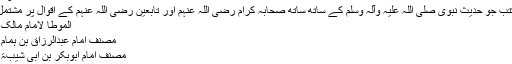
الموطات والمصنفات
حدیث کی وہ کتب جو حدیث نبوی صلی اللہ علیہ وآلہ وسلم کے ساتھ ساتھ صحابہ کرام رضی اللہ عنہم اور تابعین رضی اللہ عنہم کے اقوال پر مشتمل ہوتی ہیں مثلاً
الموطا لامام مالک (179 ہجری)
مصنف امام عبدالرزاق بن ہمام (211 ہجری)
مصنف امام ابوبکر بن ابی شیبۃ (235 ہجری)
3۔